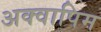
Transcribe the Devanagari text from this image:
अक्वापिम